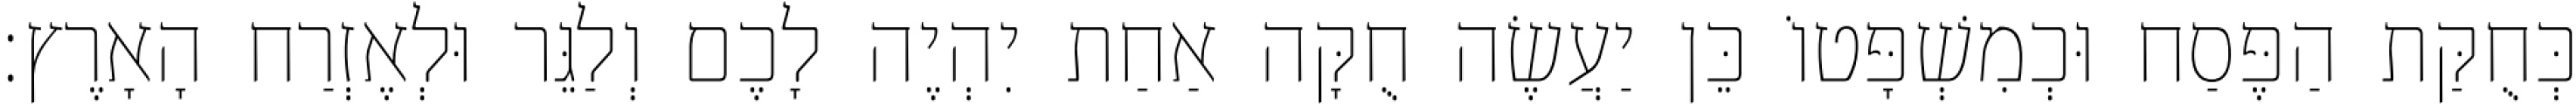
כְּחֻקַּת הַפֶּסַח וּכְמִשְׁפָּטוֹ כֵּן יַעֲשֶׂה חֻקָּה אַחַת יִהְיֶה לָכֶם וְלַגֵּר וּלְאֶזְרַח הָאָרֶץ׃